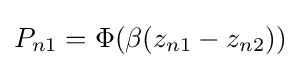
P_{n1}=\Phi (\beta (z_{n1}-z_{n2}))